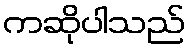
ကဆိုပါသည်